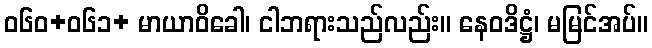
ဝ၆၀+၀၆၁+ မာယာဝိခေါ၊ ငါဘရားသည်လည်း။ နေဝဒိဋ္ဌံ၊ မမြင်အပ်။